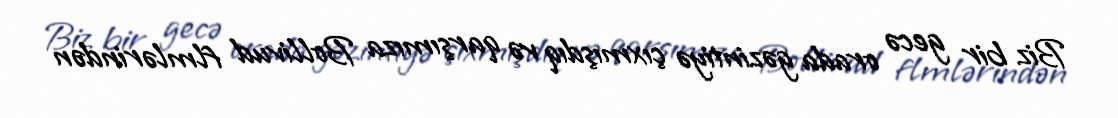
Biz bir gecə orada gəzintiyə çıxmışdıq və qarşımıza Bollivud flmlərindən